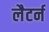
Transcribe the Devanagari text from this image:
लैटर्न